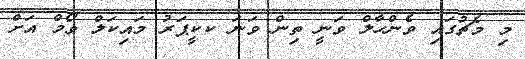
މި މެޗުގައި ވެންހާލް ވަނީ ތިން ވަނަ ކކީޕަރު މައިކަލް ވޯމް އަށް